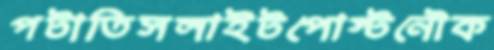
পটাতিসলাইটপোস্টনৌক